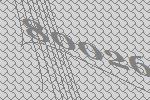
80026